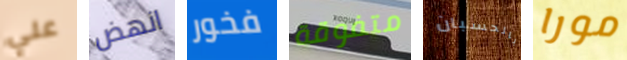
علي انهض فخور متفوقة بالحسبان مورا